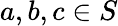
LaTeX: a,b,c\in S